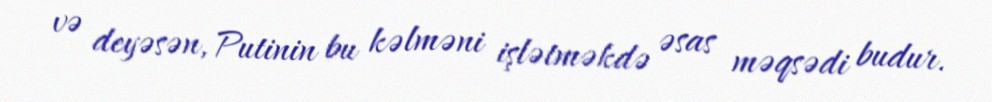
və deyəsən, Putinin bu kəlməni işlətməkdə əsas məqsədi budur.